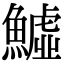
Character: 鱋